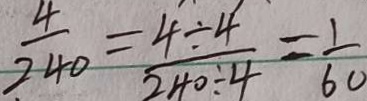
\frac { 4 } { 2 4 0 } = \frac { 4 \div 4 } { 2 4 0 \div 4 } = \frac { 1 } { 6 0 }